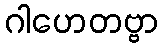
ဂါဟေတဗ္ဗာ